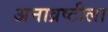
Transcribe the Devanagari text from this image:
अनाव्रष्टीला